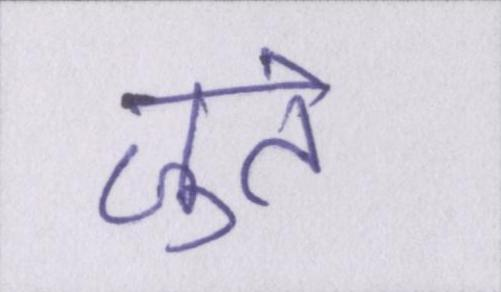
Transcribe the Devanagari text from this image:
जुते